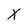
Character: X